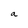
Character: a